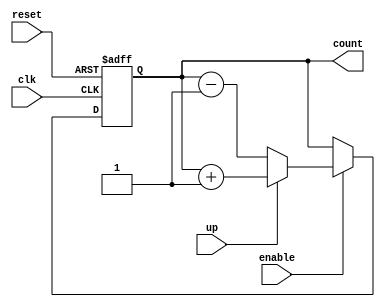
module up_down_counter (
    input wire clk,        // Clock signal
    input wire reset,      // Asynchronous reset signal
    input wire up,         // Up/Down control signal
    input wire enable,     // Enable signal
    output reg [3:0] count // 4-bit counter output
);

// Asynchronous reset and counting logic
always @(posedge clk or posedge reset) begin
    if (reset) begin
        count <= 4'b0000; // Reset the counter to 0
    end else if (enable) begin
        if (up) begin
            count <= count + 1; // Increment the counter
        end else begin
            count <= count - 1; // Decrement the counter
        end
    end
    // If enable is low, do nothing (hold the current count)
end

endmodule